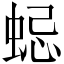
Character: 𧋷